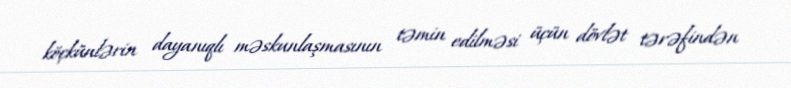
köçkünlərin dayanıqlı məskunlaşmasının təmin edilməsi üçün dövlət tərəfindən